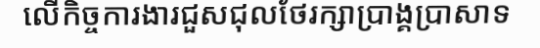
លើកិច្ចការងារជួសជុលថែរក្សាប្រាង្គប្រាសាទ